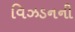
વિઝડનની